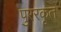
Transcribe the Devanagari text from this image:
पुररकृत